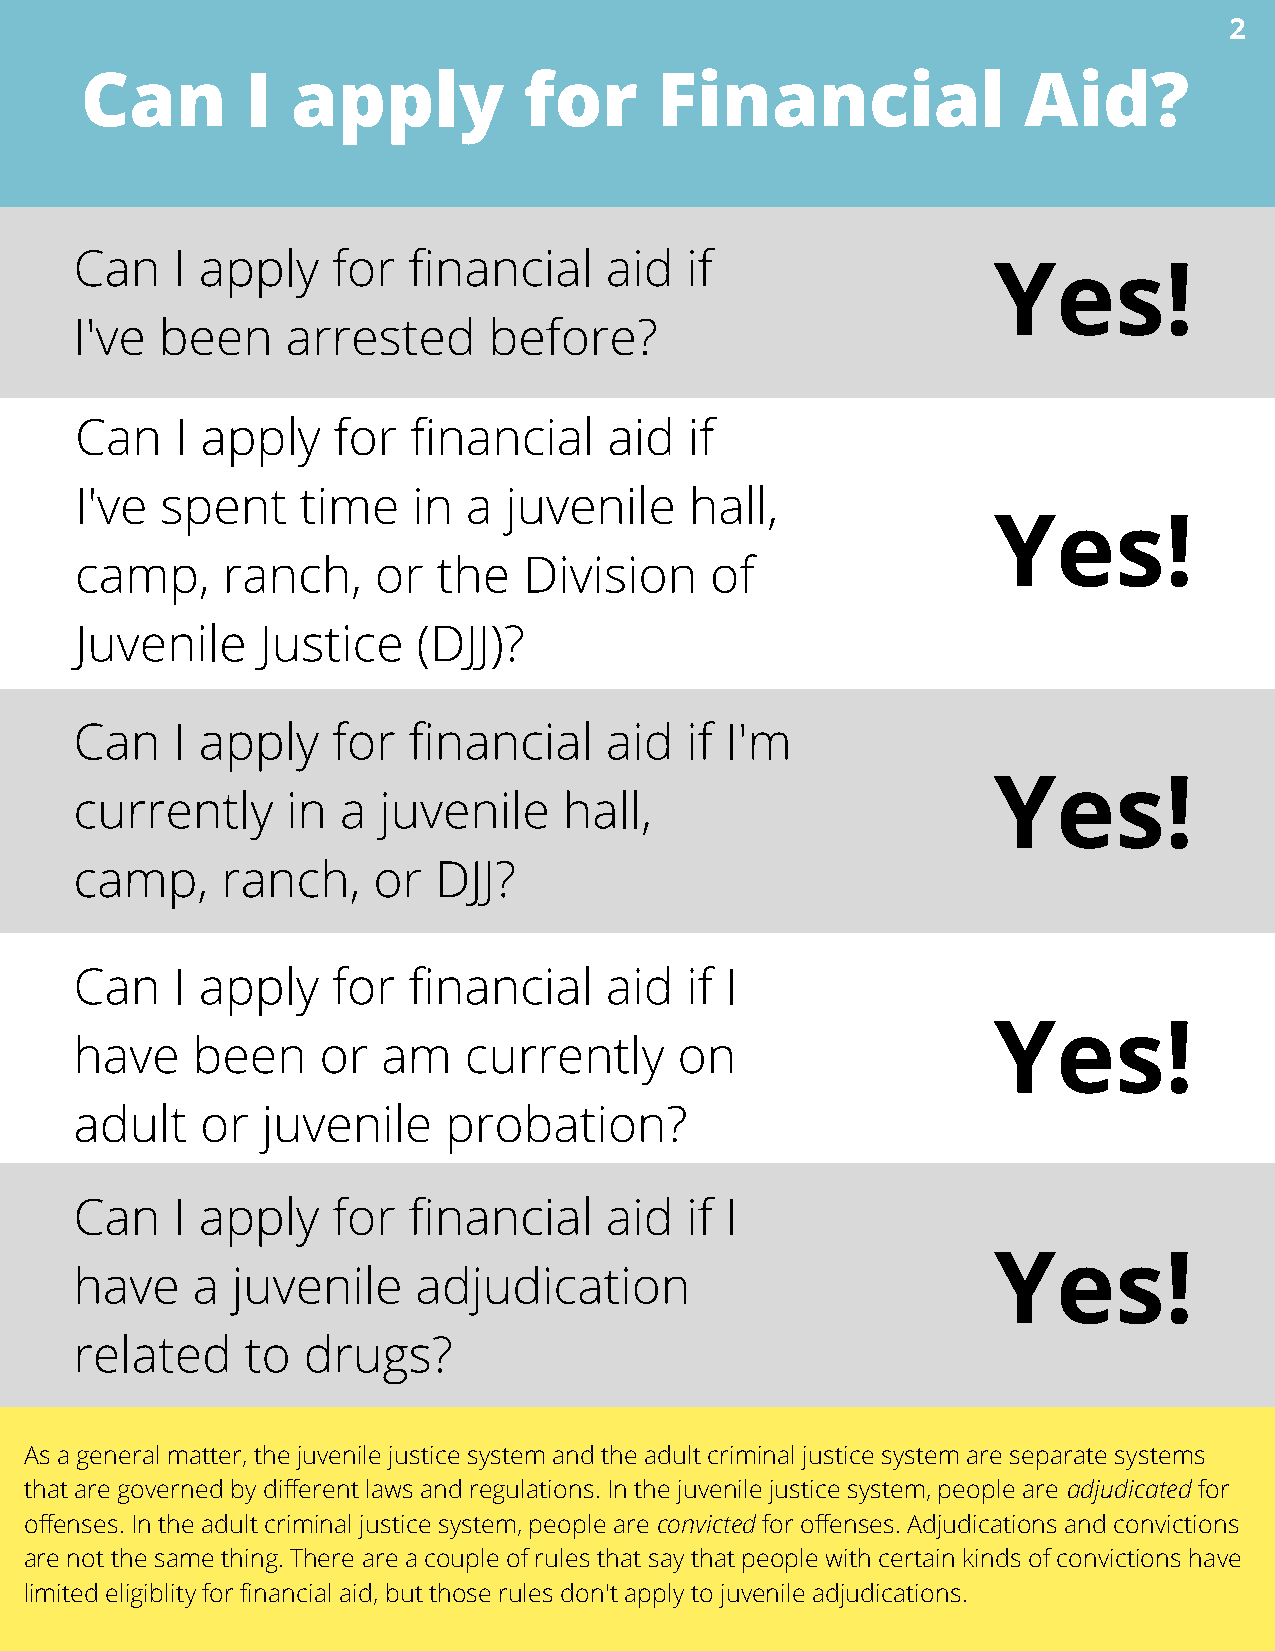
2
 Can        I  apply           for      Financial               Aid?
 Can   I apply    for  financial    aid  if
 Yes!
 I've  been    arrested     before?
 Can    I apply   for  financial    aid   if
 I've  spent    time   in  a  juvenile    hall,
 Yes!
 camp,     ranch,    or  the   Division    of
 Juvenile    Justice    (DJJ)?
 Can   I apply    for  financial    aid  if I'm
 Yes!
 currently     in  a juvenile    hall,
 camp,     ranch,    or  DJJ?
 Can   I apply    for  financial    aid  if I
 Yes!
 have    been    or  am    currently     on
 adult   or  juvenile     probation?
 Can   I apply    for  financial    aid  if I
 Yes!
 have    a juvenile     adjudication
 related    to  drugs?
 As a general matter, the juvenile justice system and the adult criminal justice system are separate systems
 that are governed by different laws and regulations. In the juvenile justice system, people are adjudicated for
 offenses. In the adult criminal justice system, people are convicted for offenses. Adjudications and convictions
 are not the same thing. There are a couple of rules that say that people with certain kinds of convictions have
 limited eligiblity for financial aid, but those rules don't apply to juvenile adjudications.